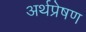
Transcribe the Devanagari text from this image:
अर्थप्रेषण